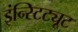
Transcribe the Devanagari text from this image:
इंन्स्टिट्यूट